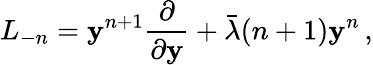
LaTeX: L_{-n}=\mathbf{y}^{n+1}{\frac{{\partial}}{{\partial\mathbf{y}}}}+\bar{{\lambda}}(n+1)\mathbf{y}^{n}\, ,